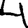
Digit: 4